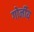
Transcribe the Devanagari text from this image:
गोर्नीय